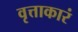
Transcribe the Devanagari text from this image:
वृत्ताकारं